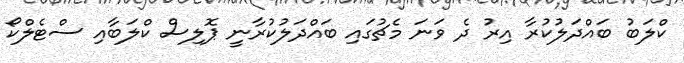
ކްލަބު ބައްދަލުކުރާ އިރު ދެ ވަނަ މެޗުގައި ބައްދަލުކުރާނީ ޕޮލިސް ކްލަބާއި ސްޓެލްކޯ